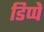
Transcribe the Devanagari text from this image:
डिप्पे